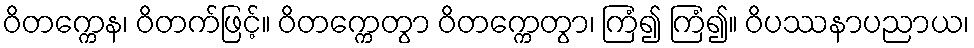
ဝိတက္ကေန၊ ဝိတက်ဖြင့်။ ဝိတက္ကေတွာ ဝိတက္ကေတွာ၊ ကြံ၍ ကြံ၍။ ဝိပဿနာပညာယ၊